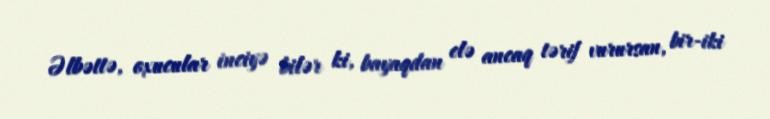
Əlbəttə, oxucular inciyə bilər ki, bayaqdan elə ancaq tərif vurursan, bir-iki